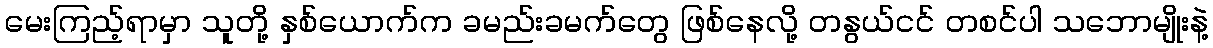
မေးကြည့်ရာမှာ သူတို့ နှစ်ယောက်က ခမည်းခမက်တွေ ဖြစ်နေလို့ တနွယ်ငင် တစင်ပါ သဘောမျိုးနဲ့